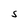
Character: S